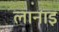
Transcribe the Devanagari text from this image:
लानाइ